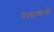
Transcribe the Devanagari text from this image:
पठाणने